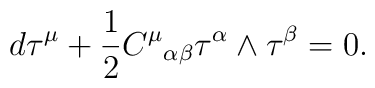
d{\bf\tau}^\mu +\frac{1}{2}{C^\mu}_{\alpha\beta}{\bf\tau}^\alpha\wedge{\bf\tau}^\beta =0.